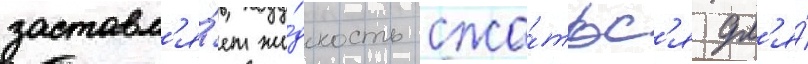
заставл'я́ет жи́дкость сжа́тьс'я дл'я́